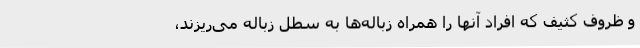
و ظروف کثیف که افراد آنها را همراه زباله‌ها به سطل زباله می‌ریزند،